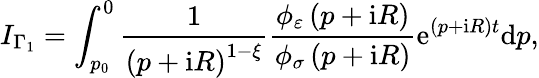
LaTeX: I_{\Gamma_{1}}=\int_{p_{0}}^{0}\frac{1}{\left(p+\mathrm{i}R\right)^{1-\xi}}\frac{\phi_{\varepsilon}\left(p+\mathrm{i}R\right)}{\phi_{\sigma}\left(p+\mathrm{i}R\right)}\mathrm{e}^{\left(p+\mathrm{i}R\right)t}\mathrm{d}p,